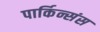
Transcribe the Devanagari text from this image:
पार्किन्संस